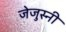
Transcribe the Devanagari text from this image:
जेजुस्नी